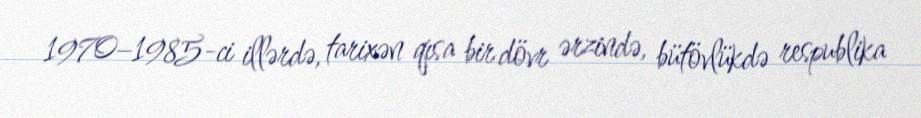
1970–1985-ci illərdə, tarixən qısa bir dövr ərzində, bütövlükdə respublika